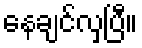
နေချင်လှပြီ။